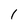
Character: 1